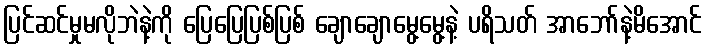
ပြင်ဆင်မှုမလိုဘဲနဲ့ကို ပြေပြေပြစ်ပြစ် ချောချောမွေ့မွေ့နဲ့ ပရိသတ် အာဘော်နဲ့မိအောင်